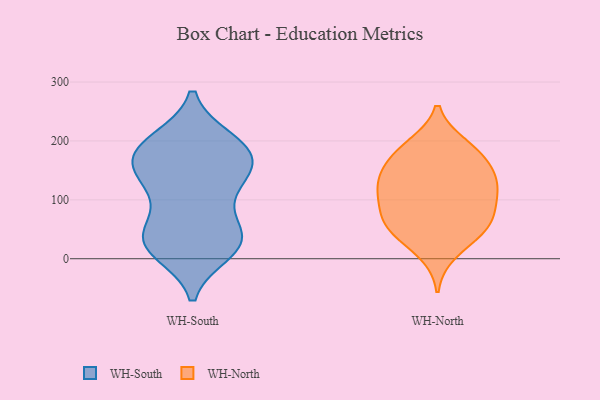
{"axis": {"x": "Churn Rate (%)", "y": "Value"}, "legend": ["WH-North", "WH-South"], "data": [{"x": "", "y": 23, "type": "WH-South"}, {"x": "", "y": 34, "type": "WH-South"}, {"x": "", "y": 177, "type": "WH-South"}, {"x": "", "y": 112, "type": "WH-South"}, {"x": "", "y": 153, "type": "WH-South"}, {"x": "", "y": 182, "type": "WH-South"}, {"x": "", "y": 199, "type": "WH-South"}, {"x": "", "y": 13, "type": "WH-South"}, {"x": "", "y": 31, "type": "WH-South"}, {"x": "", "y": 189, "type": "WH-South"}, {"x": "", "y": 49, "type": "WH-South"}, {"x": "", "y": 153, "type": "WH-South"}, {"x": "", "y": 24, "type": "WH-South"}, {"x": "", "y": 200, "type": "WH-South"}, {"x": "", "y": 108, "type": "WH-South"}, {"x": "", "y": 138, "type": "WH-South"}, {"x": "", "y": 163, "type": "WH-South"}, {"x": "", "y": 38, "type": "WH-South"}, {"x": "", "y": 61, "type": "WH-North"}, {"x": "", "y": 154, "type": "WH-North"}, {"x": "", "y": 10, "type": "WH-North"}, {"x": "", "y": 112, "type": "WH-North"}, {"x": "", "y": 126, "type": "WH-North"}, {"x": "", "y": 193, "type": "WH-North"}, {"x": "", "y": 176, "type": "WH-North"}, {"x": "", "y": 159, "type": "WH-North"}, {"x": "", "y": 45, "type": "WH-North"}, {"x": "", "y": 49, "type": "WH-North"}, {"x": "", "y": 191, "type": "WH-North"}, {"x": "", "y": 96, "type": "WH-North"}, {"x": "", "y": 72, "type": "WH-North"}, {"x": "", "y": 130, "type": "WH-North"}, {"x": "", "y": 52, "type": "WH-North"}, {"x": "", "y": 131, "type": "WH-North"}, {"x": "", "y": 96, "type": "WH-North"}]}